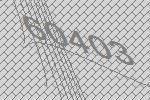
60403